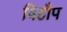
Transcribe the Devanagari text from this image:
बिहौप